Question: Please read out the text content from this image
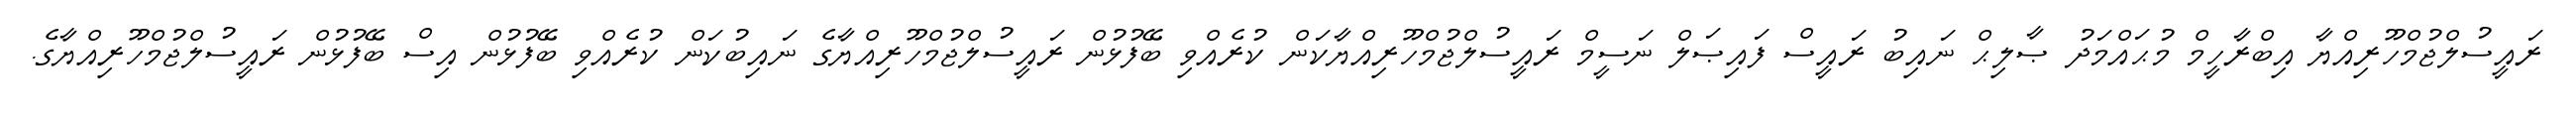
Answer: ރައީސުލްޖުމްހޫރިއްޔާ އިބްރާހީމް މުޙައްމަދު ޞާލިޙް ނައިބު ރައީސް ފައިޞަލް ނަސީމް ރައީސުލްޖުމްހޫރިއްޔާކަން ކުރެއްވި ބޭފުޅުން ރައީސުލްޖުމްހޫރިއްޔާގެ ނައިބުކަން ކުރެއްވި ބޭފުޅުން އިސް ބޭފުޅުން ރައީސުލްޖުމްހޫރިއްޔާގެ.